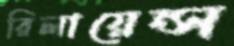
রিলায়েন্স